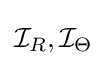
{\mathcal {I}}_{R},{\mathcal {I}}_{\Theta }